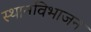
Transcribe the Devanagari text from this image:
स्थानविभाजन